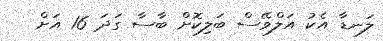
ލަނޑާ އެކު އަލްވޭސް ބަލިކޮށް ބާސާ ގަދަ 16 އަށް